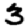
Digit: 3